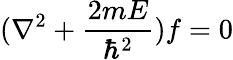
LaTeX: (\nabla^{2}+\frac{2mE}{\hbar^{2}})f=0